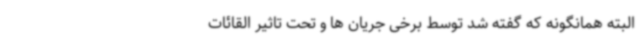
البته همانگونه که گفته شد توسط برخی جریان ها و تحت تاثیر القائات